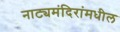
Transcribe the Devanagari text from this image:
नाट्यमंदिरांमधील